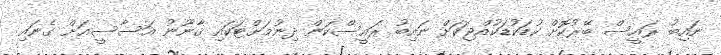
ނައިބު ރައީސް ބޭރުކޮށް ކުޑަކުޑަކުއްޖަކަށް ނައިބު ރައީސްކަން ދިނުމަށްޓަކައި ޤާނޫނު އަސާސީއަށް ގެނައި